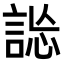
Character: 𧧴